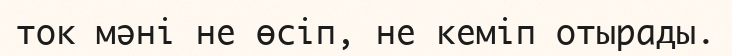
ток мәні не өсіп, не кеміп отырады.